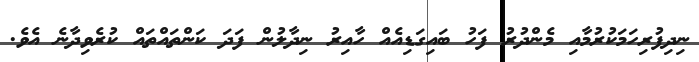
ނިދިފުރިހަމަކުރުމާއި މެންދުރު ފަހު ބައިގަޑިއެއް ހާއިރު ނިދާލުން ފަދަ ކަންތައްތައް ކުރެވިދާނެ އެވެ.